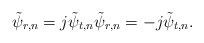
LaTeX: \begin{align*} \tilde{\psi}_{r,n} = j \tilde{\psi}_{t,n} \tilde{\psi}_{r,n} = -j \tilde{\psi}_{t,n}. \end{align*}